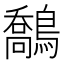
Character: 鷮